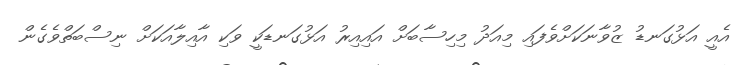
އެއީ އަޅުގަނޑު ޒުވާނަކަށްވެފައި މިއަދު މިހިސާބަށް އައިއިރު އަޅުގަނޑަކީ ވަކި އާއިލާއަކަށް ނިސްބަތްވެގެން